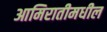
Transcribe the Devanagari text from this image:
आमिरातीमधील